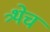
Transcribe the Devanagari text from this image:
त्र्थेच